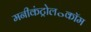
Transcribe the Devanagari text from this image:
मनीकंट्रोल॰कॉम